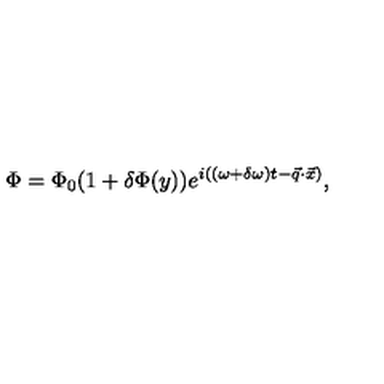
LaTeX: \Phi = \Phi _ { 0 } ( 1 + \delta \Phi ( y ) ) e ^ { i \left( ( \omega + \delta \omega ) t - \vec { q } \cdot \vec { x } \right) } ,